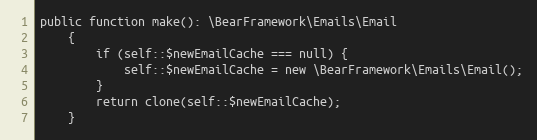
Language: PHP
public function make(): \BearFramework\Emails\Email
    {
        if (self::$newEmailCache === null) {
            self::$newEmailCache = new \BearFramework\Emails\Email();
        }
        return clone(self::$newEmailCache);
    }